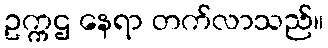
ဥက္ကဌ နေရာ တက်လာသည်။